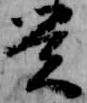
覚